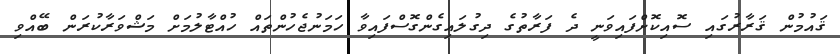
ޤައުމުން ޤަރާރުގައި ސޮއިކޮށްފައިވަނީ ދެ ފަރާތުގެ ދިގުލައިގެންގޮސްފައިވާ ހަމަނުޖެހުންތައް ހުއްޓާލުމަށް މަޝްވަރާކުރަން ބޭއްވި